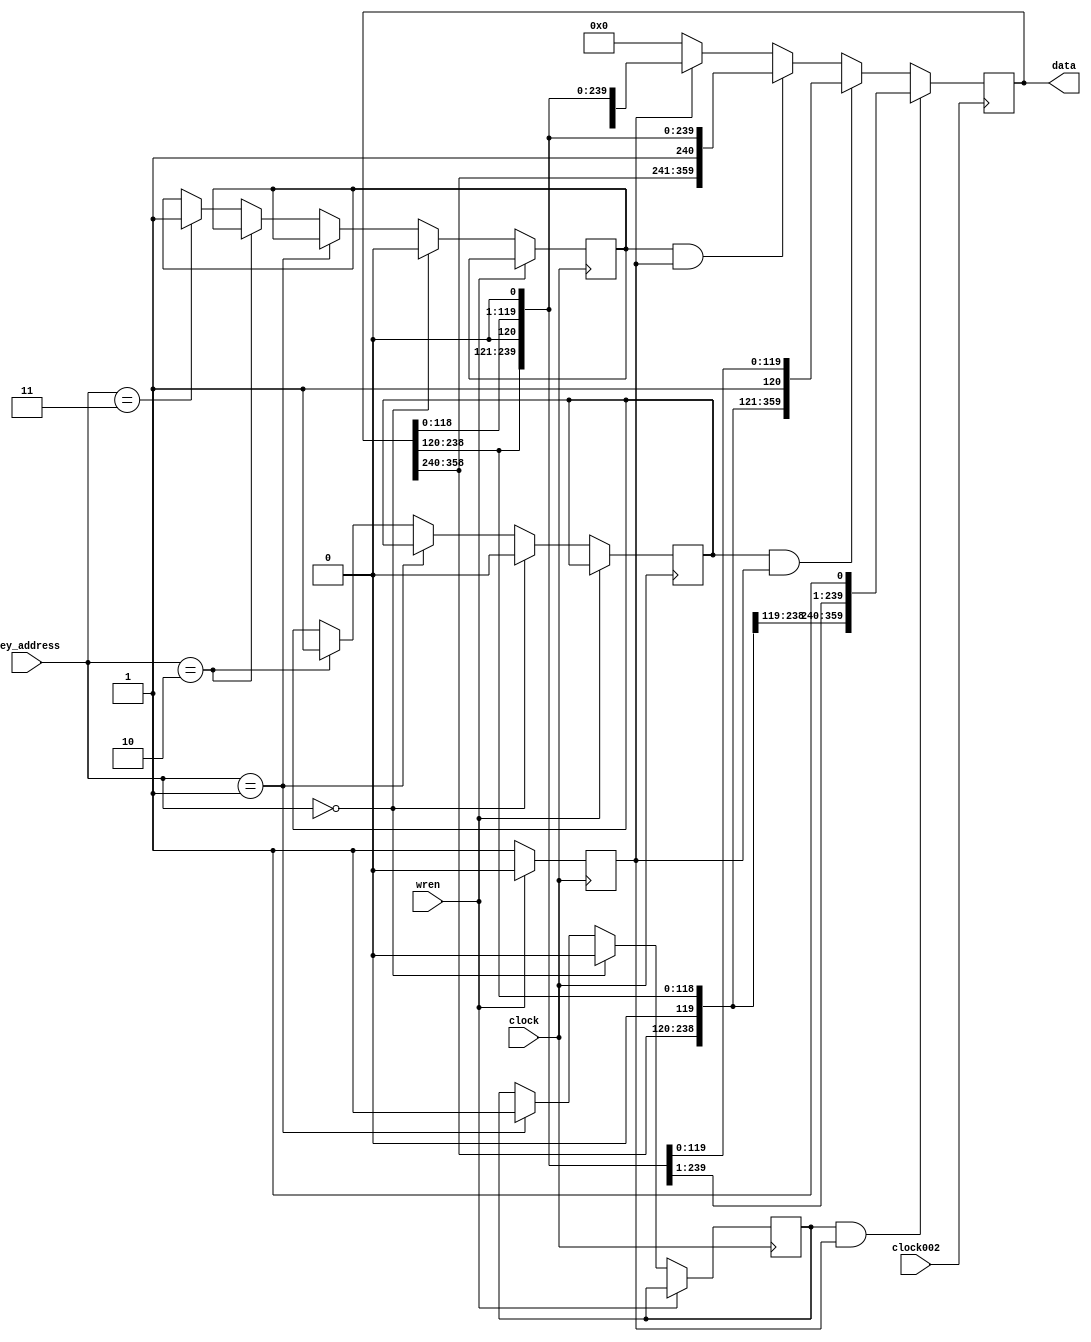
module display_calculator(
		input wren,
		input clock,
		input clock002,
		input [1:0] key_address,
		output reg [359:0] data
		);
		
		reg top_do;
		reg top_re;
		reg top_mi;
		reg down;
		
		always @(posedge clock) begin
			if (wren)
				down <= 1'b0;
			if (!wren) begin
			   down <= 1'b1;
				if (key_address == 2'b00) begin
					top_do <= 0;
					top_re <= 0;
					top_mi <= 0;
				end
				else if (key_address == 2'b01)
					top_do <= 1;
				else if (key_address == 2'b10)
					top_re <= 1;
				else if (key_address == 2'b11)
					top_mi <= 1;
			end
		end
	
	   //Display changes every .02 s; 
		//It takes 120 * 0.02 = 2.4 S for a strip to be dropped down
	   always @(posedge clock002) begin
		   if (top_do && down)
				data <= {data[358:240],1'b0,data[238:120],1'b0,data[118:0],1'b1};
			else if (top_re && down)
				data <= {data[358:240],1'b0,data[238:120],1'b1,data[118:0],1'b0};
			else if 	(top_mi && down)
				data <= {data[358:240],1'b1,data[238:120],1'b0,data[118:0],1'b0};
			else if (down)
			   data <= {data[358:240],1'b0,data[238:120],1'b0,data[118:0],1'b0};
			else
				data <= 360'b0;
		end

endmodule

				
module displayer(
		input wren,
		input clock,
		input clock002,
		input key_address,
		input do,
		input re,
		input mi,
		input [359:0] data,
		output [2:0] colour,
		output [7:0] x,
		output [6:0] y,
		output reg [23:0] score,
		output reg p
		);
		
		reg [1:0] area;
		
		reg [7:0] x_;
		reg [6:0] y_;
		reg [2:0] c_;
		
		reg [9:0] count_do;
		reg [9:0] count_re;
		reg [9:0] count_mi;
		
		reg [119:0] row_do;
		reg [119:0] row_re;
		reg [119:0] row_mi;
		
		reg match_perfect_do, match_perfect_re, match_perfect_mi;
		reg match_good_do, match_good_re, match_good_mi;
		reg ld_do;
	    reg ld_re;
	    reg ld_mi;
		
		
		// Renew values every 0.02s
		always @(posedge clock002) begin
				row_do <= data[119:0];
				row_re <= data[239:120];
				row_mi <= data[359:240];
		end
		
		
		always @(posedge clock) begin
		
			if (!wren) begin
				p <= 1;
		      if (area == 2'b00) begin
					x_ <= 8'd50 + {5'b0, count_do[2:0]}; //COLUMN 50-57
					y_ <= count_do[9:3]; //ROW 0-119
					if (row_do[count_do[9:3]] == 1)
					 begin
					   if(match_perfect_do ==1)
					      c_<= 3'b010;
					   else
					      c_ <= 3'b100;
					  end
					else c_ <= 3'b000;
				end
				
				if (area == 2'b01) begin
					x_ <= 8'd76 + {5'b0, count_re[2:0]}; //COLUMN 76-83
					y_ <= count_re[9:3]; //ROW 0-119
					if (row_re[count_re[9:3]] == 1) begin
					   if(match_perfect_re==1)
					      c_<= 3'b010;
					   else
					      c_ <= 3'b100;
					  end
					else c_ <= 3'b000;
				end
				
				if (area == 2'b10) begin
					x_ <= 8'd102 + {5'b0, count_mi[2:0]}; //COLUMN 102-109
					y_ <= count_mi[9:3]; //ROW 0-119
					if (row_mi[count_mi[9:3]] == 1)  begin
					   if(match_perfect_mi==1)
					      c_<= 3'b010;
					   else
					      c_ <= 3'b100;
					  end
					else c_ <= 3'b000;
				end
				
			end	
			else p <= 0;
		end
				
				
		always @(posedge clock) begin
			if (wren) begin
				count_do <= 10'd0;
				count_re <= 10'd0;
				count_mi <= 10'd0;
				area <= 2'b00;	end
			else begin
				if (area == 2'b00) begin
					if (count_do == 10'd959) begin
						count_do <= 10'd0;
						area <= 2'b01; end
				   else count_do <= count_do + 10'd1;
				end
				else if (area == 2'b01) begin
					if (count_re == 10'd959) begin
						count_re <= 10'd0;
						area <= 2'b01; end
				   else count_re <= count_re + 10'd1;
				end
				else if (area == 2'b10) begin
					if (count_mi == 10'd959) begin
						count_mi <= 10'd0;
						area <= 2'b00; end
				   else count_mi <= count_mi + 10'd1;
				end
				else begin //DEFAULT
					count_do <= 10'd0;
					count_re <= 10'd0;
					count_mi <= 10'd0;
					area <= 2'b00;	end
			end
		end


	assign x = x_;
	assign y = y_;
	assign colour = c_;
	
	always @ (posedge clock) begin
        if (wren) begin
            	match_perfect_do <= 0;
            	match_perfect_re <= 0;
            	match_perfect_mi <= 0;
		        match_good_do <= 0;
		        match_good_re <= 0;
		        match_good_mi <= 0;
		        ld_do <= 0;
				ld_re <= 0;
				ld_mi <= 0;
				score <= 23'b0;
		
        end
        else begin
            if (do == 0 && ld_do == 0)
					begin
					    if (count_do[9:3] == 10'd90 | count_do[9:3] == 10'd89 |count_do[9:3] == 10'd88|count_do[9:3] == 10'd87|count_do[9:3] == 10'd86)
					      begin
					      match_perfect_do <=1;
					      score[23:0] <= score[23:0] + 8'b0010;
					      end
					    else if (count_do[9:3] == 10'd85 | count_do[9:3] == 10'd84 |count_do[9:3] == 10'd83|count_do[9:3] == 10'd82|count_do[9:3] == 10'd81)
					      begin
					      match_good_do <= 1;
					      score[23:0] <= score[23:0] + 8'b0001;
					      end
					    else
					      begin
					       match_perfect_do <=0;
					       match_good_do <= 0;
					       score[23:0] <= score[23:0];
					      end     
					    ld_do<=1;
					end
			if (re == 0 && ld_re == 0)
					begin
						 if (count_re[9:3] == 10'd90 | count_re[9:3] == 10'd89 |count_re[9:3] == 10'd88|count_re[9:3] == 10'd87|count_re[9:3] == 10'd86)
					      begin
					      match_perfect_re <=1;
					      score[23:0] <= score[23:0] + 8'b0010;
					      end
					    else if (count_re[9:3] == 10'd85 | count_re[9:3] == 10'd84 |count_re[9:3] == 10'd83|count_re[9:3] == 10'd82|count_re[9:3] == 10'd81)
					      begin
					      match_good_re <= 1;
					      score[23:8] <= score[23:0] + 8'b0001;
					      end
					    else
					      begin
					       match_perfect_re <=0;
					       match_good_re <= 0;
					       score[23:0] <= score[23:0];
					      end     
						ld_re <= 1;
					end
				if (mi == 0 && ld_mi == 0)
					begin
						 if (count_mi[9:3] == 10'd90 | count_mi[9:3] == 10'd89 |count_mi[9:3] == 10'd88|count_mi[9:3] == 10'd87|count_mi[9:3] == 10'd86)
					      begin
					      match_perfect_mi <=1;
					      score[23:0] <= score[23:0] + 8'b0010;
					      end
					    else if (count_mi[9:3] == 10'd85 | count_mi[9:3] == 10'd84 |count_mi[9:3] == 10'd83|count_mi[9:3] == 10'd82|count_mi[9:3] == 10'd81)
					      begin
					      match_good_mi <=1;
					      score[23:0] <= score[23:0] + 8'b0001;
					      end
					    else
					      begin
					       match_perfect_mi <=0;
					       match_good_mi <= 0;
					       score[23:0] <= score[23:0];
					      end     
						ld_mi <= 1;
					end
				if (do == 1 && ld_do == 1)
					begin
						 match_perfect_do <=0;
					       match_good_do <= 0;
					       score[23:0] <= score[23:0];
						ld_do <=0;
					end
			   if (re == 1 && ld_re == 1)
				   begin
					   match_perfect_re <=0;
					       match_good_re <= 0;
					       score[23:0] <= score[23:0];
						ld_mi <= 0;
				   end
			   if (mi == 1 && ld_mi == 1)
				   begin
					  match_perfect_mi <=0;
					       match_good_mi <= 0;
					       score[23:0] <= score[23:0];
						ld_mi<=0;
				   end
    
        end
    end


endmodule